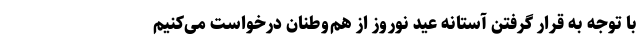
با توجه به قرار گرفتن آستانه عید نوروز از هم‌وطنان درخواست می‌کنیم